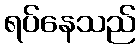
ရပ်နေသည်